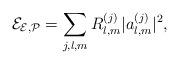
LaTeX: \begin{align*}\mathcal{E}_{\mathcal{E},\mathcal{P}}=\sum_{j,l,m}R_{l,m}^{(j)}|a_{l,m}^{(j)}|^{2}, \end{align*}